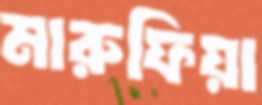
মারুফিয়া